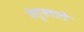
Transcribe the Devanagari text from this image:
वेतुस्ताते